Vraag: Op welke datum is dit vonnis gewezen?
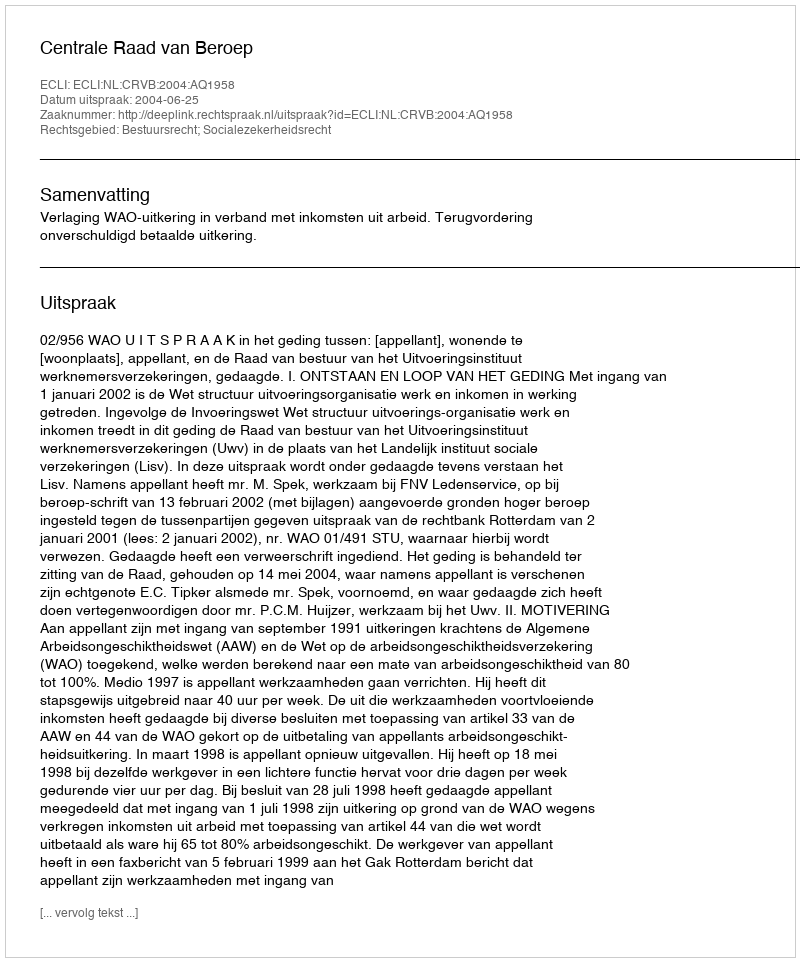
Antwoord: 2004-06-25